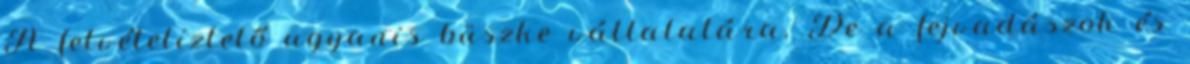
A felvételiztető ugyanis büszke vállalatára. De a fejvadászok és